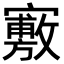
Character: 𡫣